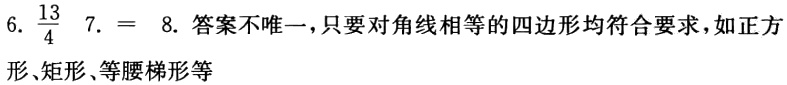
6. $\frac{13}{4}$ 7. $=$ 8. 答案不唯一，只要对角线相等的四边形均符合要求，如正方形、矩形、等腰梯形等